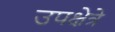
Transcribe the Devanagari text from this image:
उपक्षेत्रे